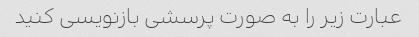
عبارت زیر را به صورت پرسشی بازنویسی کنید